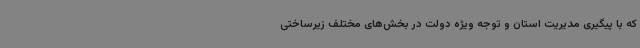
که با پیگیری مدیریت استان و توجه ویژه دولت در بخش‌های مختلف زیرساختی